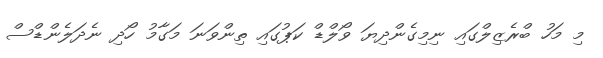
މި މަހު ބްރެޒިލްގައި ނިމިގެންދިޔަ ވޯލްޑް ކަޕުގައި ތިންވަނަ މަގާމު ހޯދި ނެދަލެންޑްސް